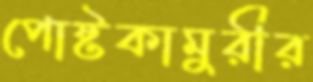
পোষ্টকামুরীর